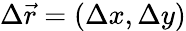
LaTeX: \Delta\vec{r}=(\Delta x,\Delta y)